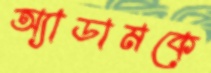
অ্যাডামকে